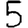
Digit: 5